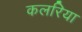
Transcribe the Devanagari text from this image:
कलरिया